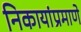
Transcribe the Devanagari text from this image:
निकायांप्रमाणे